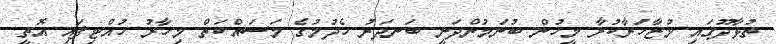
ތުޅާދޫގައި މުޒާހަރާކުރާ މީހުން ބުނަމުންދަނީ ބަނދަރު ހެދުމުގެ މަސައްކަތް މިހާރު ހުއްޓިފައި އޮތީ